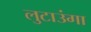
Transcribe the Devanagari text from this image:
लुटाउंगा